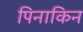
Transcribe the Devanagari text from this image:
पिनाकिन